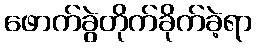
ဖောက်ခွဲတိုက်ခိုက်ခဲ့ရာ